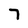
Character: 7